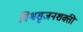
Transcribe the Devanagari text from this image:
विश्वसृजनशक्ती